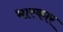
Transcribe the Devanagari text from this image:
भास्कार